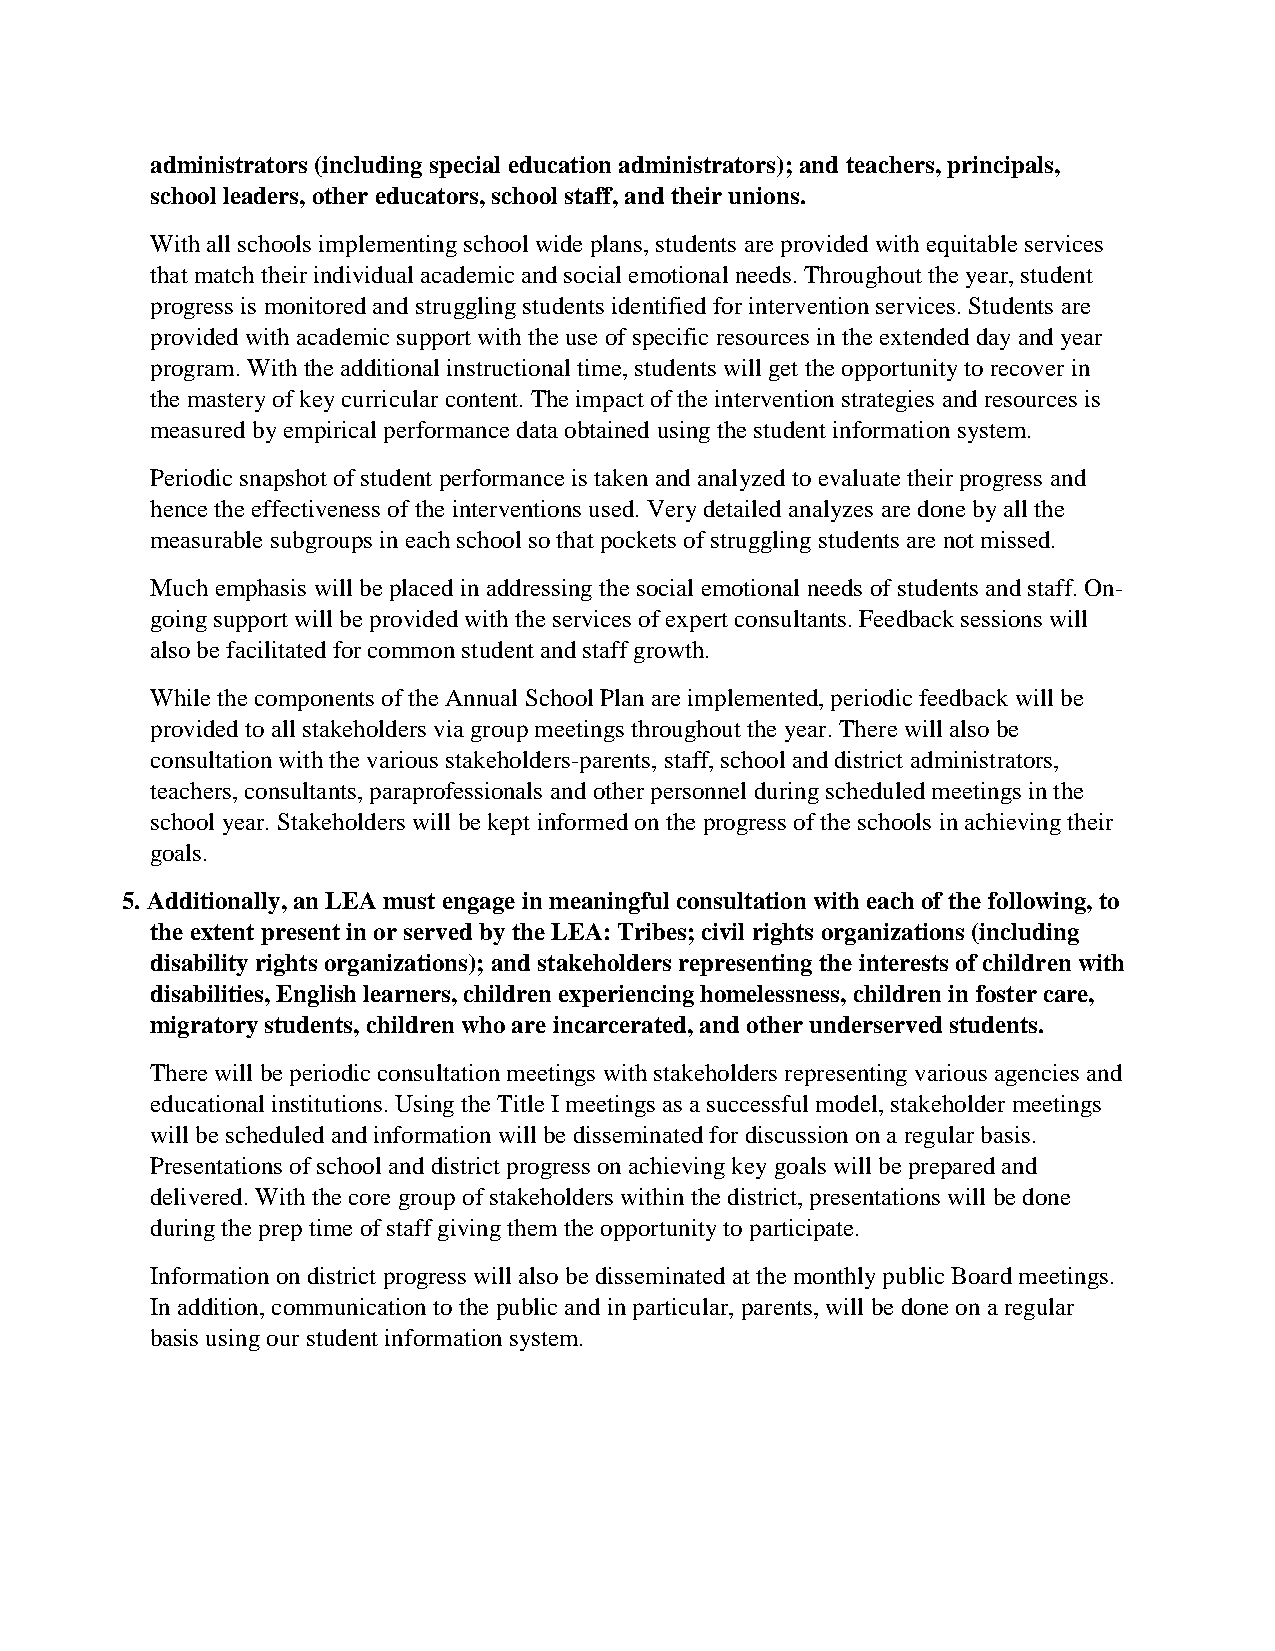
administrators (including special education administrators); and teachers, principals,
 school leaders, other educators, school staff, and their unions.
 With all schools implementing school wide plans, students are provided with equitable services
 that match their individual academic and social emotional needs. Throughout the year, student
 progress is monitored and struggling students identified for intervention services. Students are
 provided with academic support with the use of specific resources in the extended day and year
 program. With the additional instructional time, students will get the opportunity to recover in
 the mastery of key curricular content. The impact of the intervention strategies and resources is
 measured by empirical performance data obtained using the student information system.
 Periodic snapshot of student performance is taken and analyzed to evaluate their progress and
 hence the effectiveness of the interventions used. Very detailed analyzes are done by all the
 measurable subgroups in each school so that pockets of struggling students are not missed.
 Much emphasis will be placed in addressing the social emotional needs of students and staff. On-
 going support will be provided with the services of expert consultants. Feedback sessions will
 also be facilitated for common student and staff growth.
 While the components of the Annual School Plan are implemented, periodic feedback will be
 provided to all stakeholders via group meetings throughout the year. There will also be
 consultation with the various stakeholders-parents, staff, school and district administrators,
 teachers, consultants, paraprofessionals and other personnel during scheduled meetings in the
 school year. Stakeholders will be kept informed on the progress of the schools in achieving their
 goals.
 5. Additionally, an LEA must engage in meaningful consultation with each of the following, to
 the extent present in or served by the LEA: Tribes; civil rights organizations (including
 disability rights organizations); and stakeholders representing the interests of children with
 disabilities, English learners, children experiencing homelessness, children in foster care,
 migratory students, children who are incarcerated, and other underserved students.
 There will be periodic consultation meetings with stakeholders representing various agencies and
 educational institutions. Using the Title I meetings as a successful model, stakeholder meetings
 will be scheduled and information will be disseminated for discussion on a regular basis.
 Presentations of school and district progress on achieving key goals will be prepared and
 delivered. With the core group of stakeholders within the district, presentations will be done
 during the prep time of staff giving them the opportunity to participate.
 Information on district progress will also be disseminated at the monthly public Board meetings.
 In addition, communication to the public and in particular, parents, will be done on a regular
 basis using our student information system.